Report of the King Institute of Preventive Medicine, Guindy
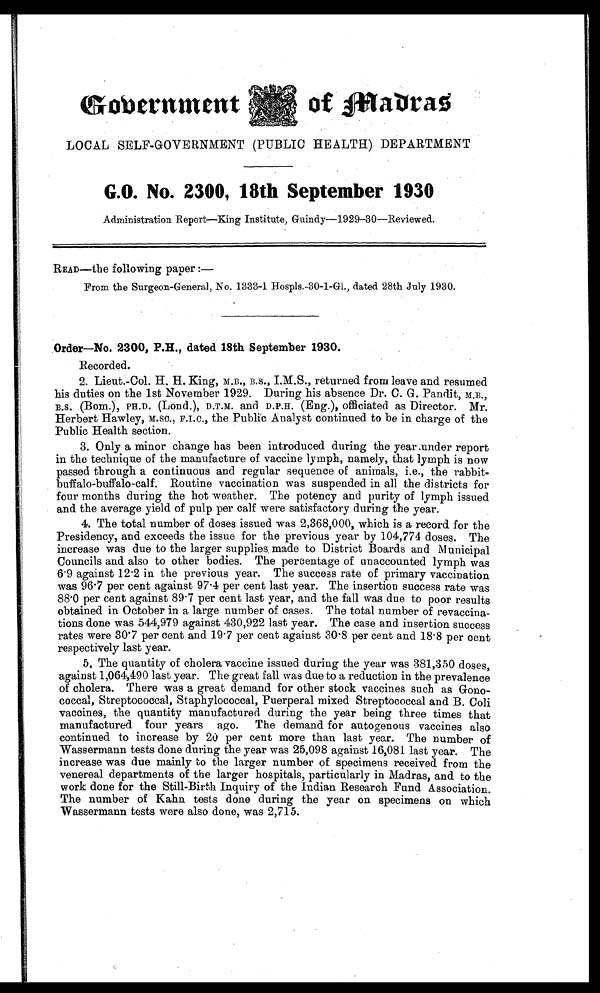
Government
of
Madras
LOCAL SELF-GOVERNMENT (PUBLIC HEALTH) DEPARTMENT
G.O. No. 2300, 18th September 1930
Administration Report—King Institute, Guindy—1929-30—Reviewed.
READ—the following paper:—
From the Surgeon-General, No. 1333-1 Hospls.-30-1-G1., dated 28th July 1930.
Order—No. 2300, P.H., dated 18th September 1930.
Recorded.
2. Lieut.-Col. H. H. King, M.B., B.S., I.M.S., returned from leave and resumed
his duties on the 1st November 1929. During his absence Dr. C. G. Pandit, M.B.,
B.S. (Bom.), PH.D. (Lond.), D.T.M. and D.P.H. (Eng.), officiated as Director. Mr.
Herbert Hawley, M.sc., F.I.C., the Public Analyst continued to be in charge of the
Public Health section.
3. Only a minor change has been introduced during the year under report
in the technique of the manufacture of vaccine lymph, namely, that lymph is now
passed through a continuous and regular sequence of animals, i.e., the rabbit
- b u f f a l o - b u f f a l o - c a l f . R o u t i n e v a c c i n a t i o n w a s s u s p e n d e d i n a l l t h e d i s t r i c t s f o r
four months during the hot weather. The potency and purity of lymph issued
and the average yield of pulp per calf were satisfactory during the year.
4. The total number of doses issued was 2,368,000, which is a record for the
Presidency, and exceeds the issue for the previous year by 104,774 doses. The
increase was due to the larger supplies, made to District Boards and Municipal
Councils and also to other bodies. The percentage of unaccounted lymph was
6.9 against 12.2 in the previous year. The success rate of primary vaccination
was 96.7 per cent against 97.4 per cent last year. The insertion success rate was
88.0 per cent against 89.7 per cent last year, and the fall was due to poor results
obtained in October in a large number of cases. The total number of revaccina-
tions done was 544,979 against 430,922 last year. The case and insertion success
rates were 30.7 per cent and 19.7 per cent against 30.8 per cent and 18.8 per cent
respectively last year.
5. The quantity of cholera vaccine issued during the year was 381,350 doses,
against 1,064,490 last year. The great fall was due to a reduction in the prevalence
of cholera. There was a great demand for other stock vaccines such as Gono-
coccal, Streptococcal, Staphylococcal, Puerperal mixed Streptococcal and B. Coli
vaccines, the quantity manufactured during the year being three times that
manufactured four years ago. The demand for autogenous vaccines also
continued to increase by 20 per cent more than last. year. The number of
Wassermann tests done during the year was 25,098 against 16,081 last year. The
increase was due mainly to the larger number of specimens received from the
venereal departments of the larger hospitals, particularly in Madras, and to the
work done for the Still-Birth Inquiry of the Indian Research Fund Association.
The number of Kahn tests done during the year on specimens on which
Wassermann tests were also done, was 2,715.